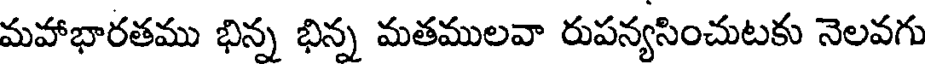
మవాభారతము భిన్న భిన్న మతములవా రుపన్యసించుటకు నెలవగు